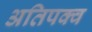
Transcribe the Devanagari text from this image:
अतिपक्व